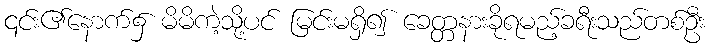
၎င်း၏နောက်၌ မိမိကဲ့သို့ပင် မြင်းမရှိ၍ ခေတ္တနားခိုရမည့်ခရီးသည်တစ်ဦး